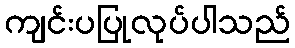
ကျင်းပပြုလုပ်ပါသည်